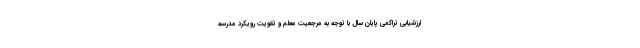
ارزشیابی تراکمی پایان سال با توجه به مرجعیت معلم و تقویت رویکرد مدرسه